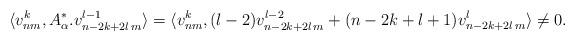
LaTeX: \begin{align*} \langle v_{nm}^k,A_{\alpha}^*.v_{n-2k+2l\,m}^{l-1}\rangle= \langle v_{nm}^k,(l-2)v_{n-2k+2l\,m}^{l-2}+ (n-2k+l+1)v_{n-2k+2l\,m}^{l}\rangle\neq0.\end{align*}